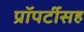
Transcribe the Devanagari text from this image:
प्रॉपर्टीसह